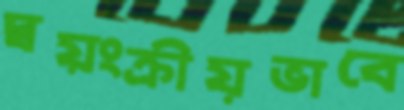
স্বয়ংক্রীয়ভাবে